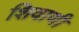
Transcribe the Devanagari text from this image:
शिवाणी